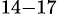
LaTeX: ^{14-17}